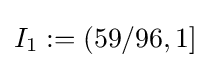
I_{1}:=(59/96,1]